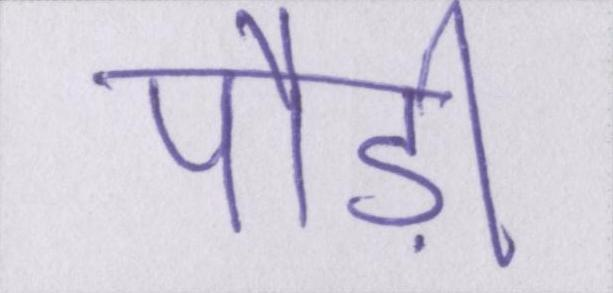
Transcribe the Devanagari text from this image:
पौड़ी